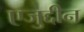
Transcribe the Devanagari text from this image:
एजुद्दीन